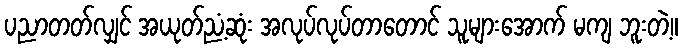
ပညာတတ်လျှင် အယုတ်ညံ့ဆုံး အလုပ်လုပ်တာတောင် သူများအောက် မကျ ဘူးတဲ့။